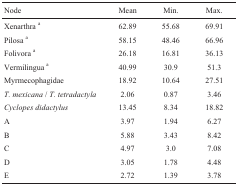
| Node | Mean | Min. | Max. |
 | --- | --- | --- | --- |
 | Xenarthra a | 62.89 | 55.68 | 69.91 |
 | Pilosa a | 58.15 | 48.46 | 66.96 |
 | Folivora a | 26.18 | 16.81 | 36.13 |
 | Vermilingua a | 40.99 | 30.9 | 51.3 |
 | Myrmecophagidae | 18.92 | 10.64 | 27.51 |
 | T. mexicana / T. tetradactyla | 2.06 | 0.87 | 3.46 |
 | Cyclopes didactylus | 13.45 | 8.34 | 18.82 |
 | A | 3.97 | 1.94 | 6.27 |
 | B | 5.88 | 3.43 | 8.42 |
 | C | 4.97 | 3.0 | 7.08 |
 | D | 3.05 | 1.78 | 4.48 |
 | E | 2.72 | 1.39 | 3.78 |